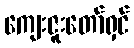
ကျေးဇူးတော်ရှင်